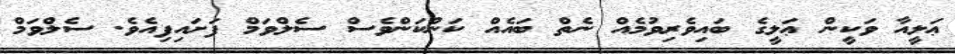
ޢަލީއާ ވަކީން ޢަލީގެ ބައިވެރިވުމެއް ނެތް ބައެއް ކަންކަންވެސް ސެލްވަމް ފަށައިފިއެވެ. ސެލްވަމް